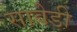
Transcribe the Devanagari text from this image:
सावेडी